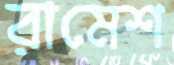
রামেশ